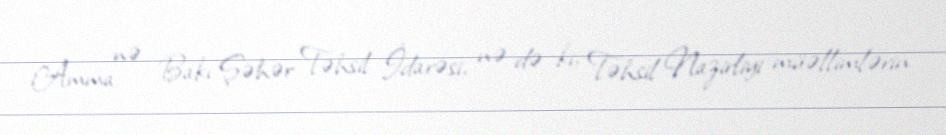
Amma nə Bakı Şəhər Təhsil İdarəsi, nə də ki, Təhsil Nazirliyi müəllimlərin